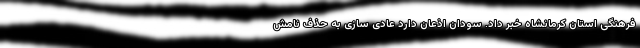
فرهنگی استان کرمانشاه خبر داد. سودان اذعان دارد عادی سازی به حذف نامش